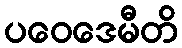
ပဝေဒေမီတိ